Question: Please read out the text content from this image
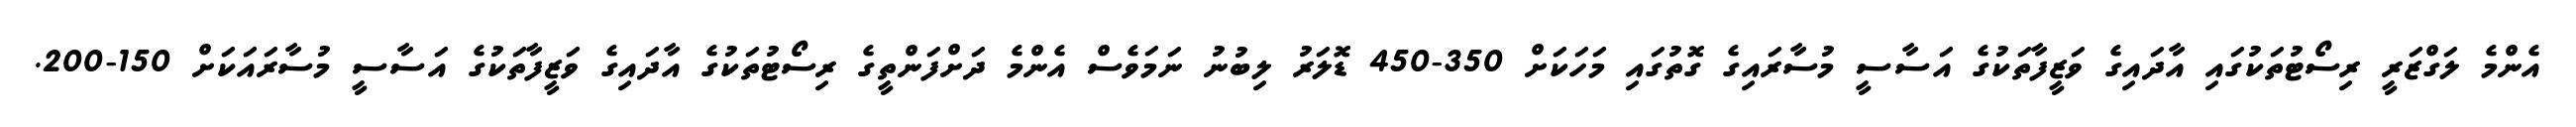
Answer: އެންމެ ލަގްޒަރީ ރިސޯޓުތަކުގައި އާދައިގެ ވަޒީފާތަކުގެ އަސާސީ މުސާރައިގެ ގޮތުގައި މަހަކަށް 350-450 ޑޮލަރު ލިބުނު ނަމަވެސް އެންމެ ދަށްފަންތީގެ ރިސޯޓުތަކުގެ އާދައިގެ ވަޒީފާތަކުގެ އަސާސީ މުސާރައަކަށް 150-200.